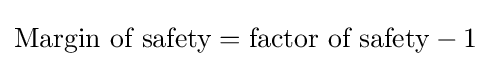
{\text{Margin of safety}}={\text{factor of safety}}-1